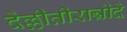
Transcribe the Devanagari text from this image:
देल्लीतीरान्नीदे